Civil Veterinary Department Bihar & Orissa reports 1929-36 - 1929-1936
Year: 1929
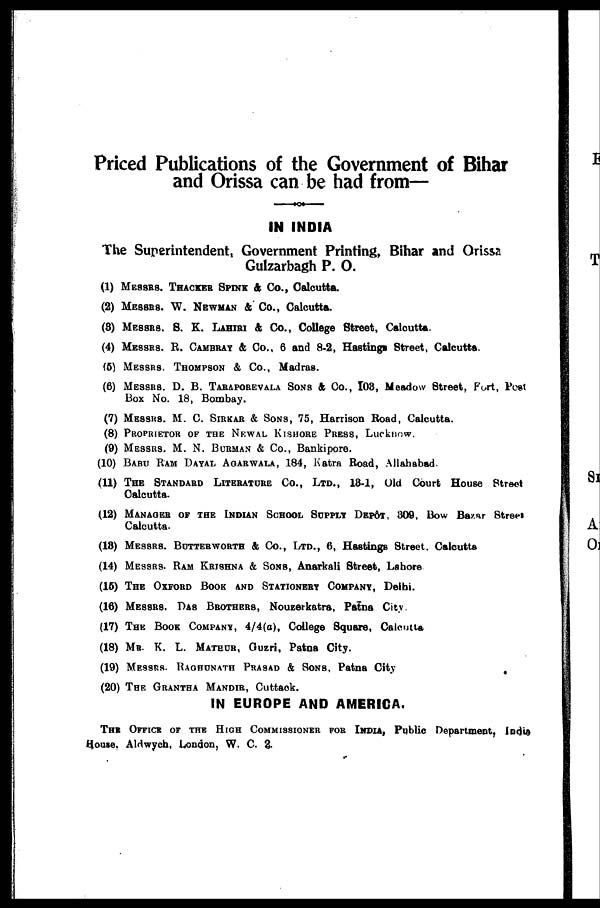
Priced Publications of the Government of Bihar
and Orissa can be had from—
IN INDIA
The Superintendent, Government Printing, Bihar and Orissa
Gulzarbagh P. O.
(1) MESSES. THACKER SPINK & CO., Calcutta.
(2) MESSES. W. NEWMAN & CO., Calcutta.
(8) MESSRS. S. E. LAHIRI & CO., College Street, Calcutta.
(4) MESSRS. R. CAMBRAY & CO., 6 and 8 2, Hastings Street, Calcutta.
(5) MESSRS. THOMPSON & CO., Madras.
(6) MESSRS. D. B. TARAPOREVALA SONS & CO., 103, Meadow Street, Fort, Post
Box No. 18, Bombay.
(7) MESSRS. M. C. SIRKAR & SONS, 75, Harrison Road, Calcutta.
(8) PROPREITOR OF THE NEWAL KISHORE PRESS, Lucknow.
(9) MESSRS. M. N. BURMAN & CO., Bankipore.
(10) BABU RAM DAYAL AGARWALA, 184, Katra Road, Allahabad.
(11) THE STANDARD LITERATURE CO., LTD., 18-1, Old Court House Street
Calcutta.
(12) MANAGES OF THE INDIAN SCHOOL SUPPLY DEPÔT, 309, Bow Bazar Street
Calcutta.
(18) MESSRS. BUTTERWORTH & CO., LTD., 6, Hastings Street. Calcutta
(14) MESSRS. RAM KRISHNA & SONS, Anarkali Street, Lahore
(15) THE OXFORD BOOK AND STATIONERY COMPANY, Delhi.
(16) MESSRS. DAS BROTHERS, Nouzerkatra, Patna City.
(17) THE BOOK COMPANY, 4/4(a), College Square, Calcutta
(18) MR. K. L. MATHUR, Guzri, Patna City.
(19) MESSRS. RAGHUNATH PRASAD & SONS, Patna City
(20) THE GRANTHA MANDIR, Cuttack.
IN EUROPE AND AMERICA.
THE OFFICE OF THE HIGH COMMISSIONER FOR INDIA, Public Department, India
House. Aldwych, London, W. C. 2.